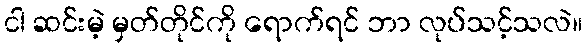
ငါ ဆင်းမဲ့ မှတ်တိုင်ကို ရောက်ရင် ဘာ လုပ်သင့်သလဲ။